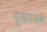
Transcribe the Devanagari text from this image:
दूरदराजके